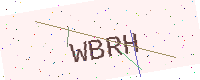
Text: WBRH